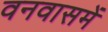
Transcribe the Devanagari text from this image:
वनवासमें